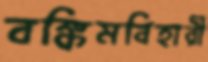
বঙ্কিমবিহারী